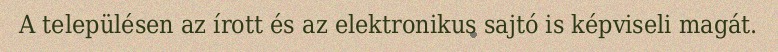
A településen az írott és az elektronikus sajtó is képviseli magát.